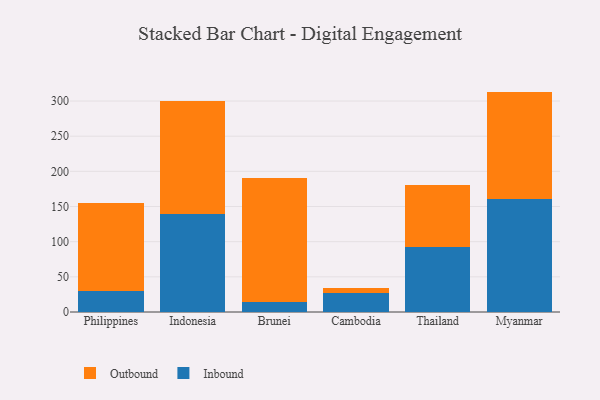
{"axis": {"x": "Country", "y": "Satisfaction Score"}, "legend": ["Inbound", "Outbound"], "data": [{"x": "Philippines", "y": 29.8, "type": "Inbound"}, {"x": "Philippines", "y": 125.5, "type": "Outbound"}, {"x": "Indonesia", "y": 139.9, "type": "Inbound"}, {"x": "Indonesia", "y": 159.9, "type": "Outbound"}, {"x": "Brunei", "y": 14.1, "type": "Inbound"}, {"x": "Brunei", "y": 176.7, "type": "Outbound"}, {"x": "Cambodia", "y": 27.3, "type": "Inbound"}, {"x": "Cambodia", "y": 7.1, "type": "Outbound"}, {"x": "Thailand", "y": 92.4, "type": "Inbound"}, {"x": "Thailand", "y": 88.1, "type": "Outbound"}, {"x": "Myanmar", "y": 160.6, "type": "Inbound"}, {"x": "Myanmar", "y": 152.8, "type": "Outbound"}]}